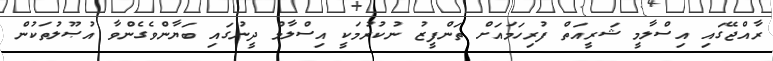
ރާއްޖޭގައި އިސްލާމީ ޝަރީއަތް ފުރިހަމައަށް ތަންފީޒު ނުކުރުމަކީ އިސްލާމް ދީނުގައި ބަޔާންވެގެންވާ އުޞޫލުތަކުން